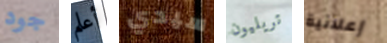
جود أعلم سيدي تريليون إعلانية